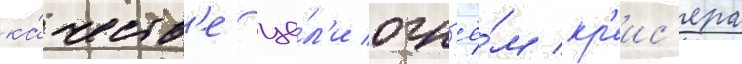
ка́честв'е це́л'и огн'ё́м кр'еис'ера